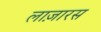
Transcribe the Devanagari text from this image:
लाज़ारस